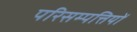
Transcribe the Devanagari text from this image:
परिसम्‍पत्तियों